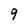
Character: 9